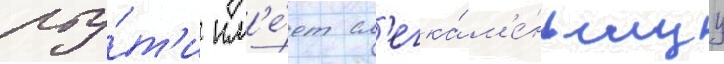
рту́т'и им'е́ет сл'егка́ м'е́ньшуу